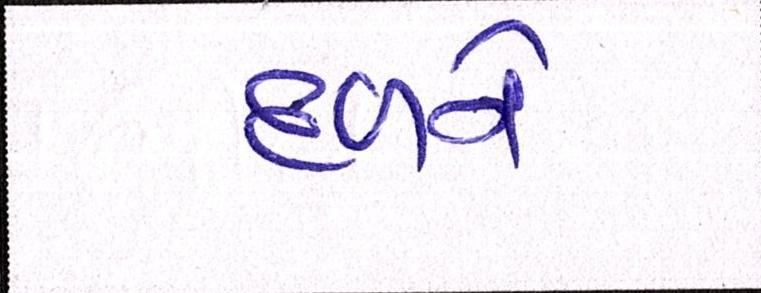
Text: દળને